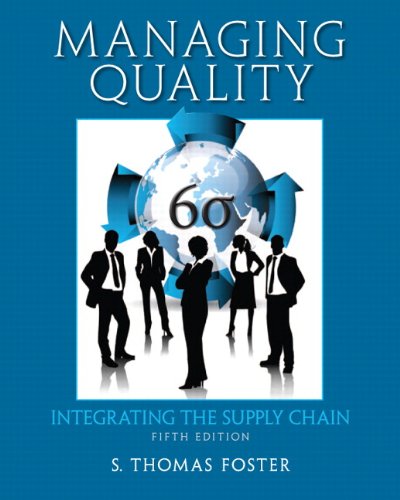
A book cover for Managing Quality: Integrating the Supply Chain (5th Edition); S. Thomas Foster; Business & Money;